Annual report on the health of the army in India
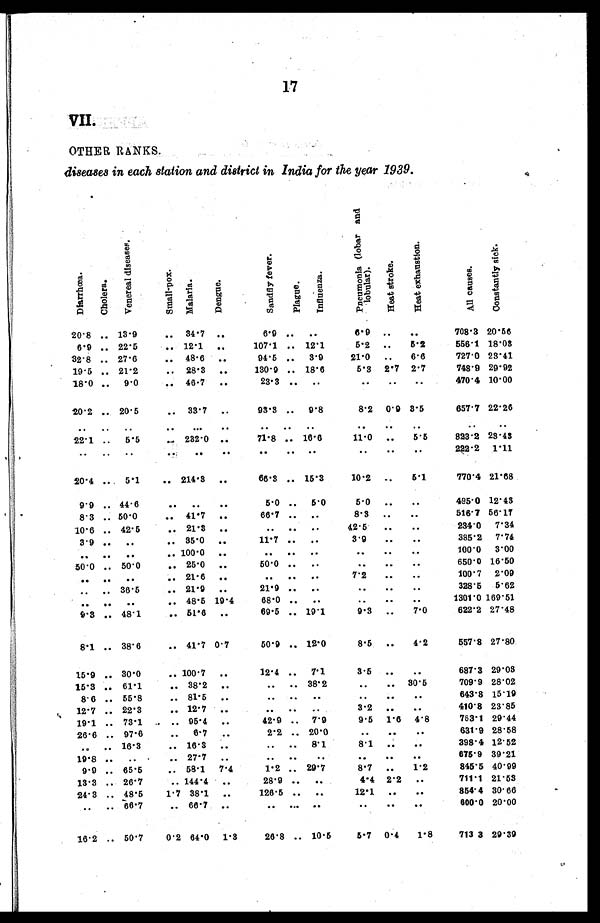
17
VII.
OTHER RANKS.
diseases in each station and district in India for the year 1939.
D i a r r h œ a .
C h o l e r a .
V e n e r a l d i s e a s e s .
S m a l l - p o x .
M a l a r i a .
D e n g u e .
S a n d f l y f e v e r .
P l a g u e . I n f l u e n z a .
P n e u m o n i a ( l o b a r a n d l o b u l a r ) . H e a t s t r o k e .
H e a t e x h a u s t i o n .
A l l c a u s e s .
C o n s t a n t l y s i c k .
20.8 .. 13.9
.. 34.7 ..
6.9 ..
..
6.9 ..
..
708.3 20. 56
6.9 .. 22.5
.. 12.1 ..
107.1 .. 12.1
5 . 2 . .
5.2
556.1 18.03
32.8 .. 27.6
.. 48.6 ..
9 4 . 5 ..
3 . 9
21.0 ..
6.6
727.0 23.41
19.5 .. 21.2
.. 28.3 ..
130.9 .. 18.6
5.3 2.7 2.7
748.9 29.92
18.0 ..
9.0
.. 46.7
..
23.3 ..
..
..
..
..
470.4 10. 00
20.2 .. 20.5
.. 33.7 ..
93.3 ..
9.8
8.2 0.9 3.5
657.7 22.26
. .
. .
. .
. .
. . ..
. .
..
. .
. .
. .
. .
. .
. .
22.1 ..
5. 5
232.0 ..
71.8 .. 16.6
11.0 ..
5.5
823.2 23.43
..
..
..
. .
..
..
. .
. .
. .
..
..
..
222.2 1.11
20.4 ..
5.1
.. 214.3 ..
66.3 .. 15.3
10.2 ..
5.1
770.4 21.68
9.9 .. 44.6
..
..
..
5.0 ..
5.0
5.0 ..
..
495.0 12.43
8.3 .. 50.0
.. 41.7 ..
66.7 ..
..
8.3 ..
..
516.7 56.17
10.6 .. 42.5
.. 21.3 ..
..
..
..
42.5
..
..
234.0 7.34
3.9 ..
..
.. 35.0 ..
11.7 ..
..
3.9
..
..
385.2 7.74
..
..
..
.. 100.0
. .
. .
. .
. .
. .
. .
. .
100.0 3.00
50.0 .. 50.0
.. 25.0 . .
50.0 . .
..
..
. .
. .
650.0 16. 1 6 . 5 0
. . . .
..
.. 21.6 ..
..
. .
. .
7.2
..
..
100.7 2.09
. .
.. 36.5
.. 21.9 ..
21.9 ..
..
. . . .
. .
328.5
5 . 6 2
. .
. .
..
.. 48.5 19.4
68.0 ..
..
. . ..
..
1301.0 169.51
9.3 .. 48.1
.. 51.6
. .
69.5 .. 19.1
9.3 ..
7.0
622.2 27.48
8.1 .. 38.6
.. 41.7 0.7
50.9 .. 12.0
8.5 ..
4.2
557.8 27.80
15.9 .. 30.0
.. 100.7 ..
12.4 . .
7.1
3.5 ..
..
687.3 29.03
15.3 .. 61.1
.. 38.2 ..
..
.. 38.2
..
.. 30.5
709.9 28.02
8.6 .. 55.8
.. 81.5 ..
..
..
. .
. . . .
. .
643.8 15.19
12.7 .. 22.3
.. 12.7 ..
. .
..
..
3.2
. .
..
410.8 23.85
19.1 .. 73.1
.. 95.4 ..
42.9 .. 7.9
9 . 5 1.6 4.8
783.1 29.44
26.6 .. 97.6
..
6.7
. .
2 . 2 .. 20.0
..
..
..
631.9 28.58
..
.. 16.3
.. 16.3 ..
..
..
8.1
8.1 ..
..
398.4 12.52
19.8 ..
..
.. 27.7 ..
..
..
. .
..
. .
..
675.9 39.21
9.9 .. 65.5
.. 58.1 7.4
1.2 .. 29.7
8.7 ..
1.2
845.5 40.99
13.3 .. 26.7
.. 144.4
. .
28.9 ..
..
4.4 2.2
..
711.1 21.53
24.3 .. 48.5
1.7 38.1 ..
126.5 ..
..
12.1 ..
..
854.4 30.66
..
.. 66.7
.. 66.7 ..
..
..
. .
..
. .
..
6 0 0 . 0 20.00
16.2 .. 50.7
0.2 64.0 1.3
26.8 .. 10.5
5.7 0.4
1.8
713 3 29.39